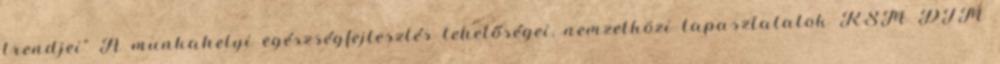
trendjei" A munkahelyi egészségfejlesztés lehetőségei, nemzetközi tapasztalatok RSM DTM